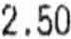
2.50